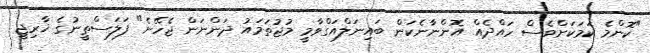
"ކޮންމެ ކަމަކަށްވެސް ހައްދެއް އޮންނާނެކަން ބައިނަލްއަގްވާމީ މުޖުތަމައު ދަންނަން ޖެހޭނެ" ފަލަސްތީނުގެ ޚާރިޖީ